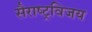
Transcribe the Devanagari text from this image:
सैराष्ट्रविजय